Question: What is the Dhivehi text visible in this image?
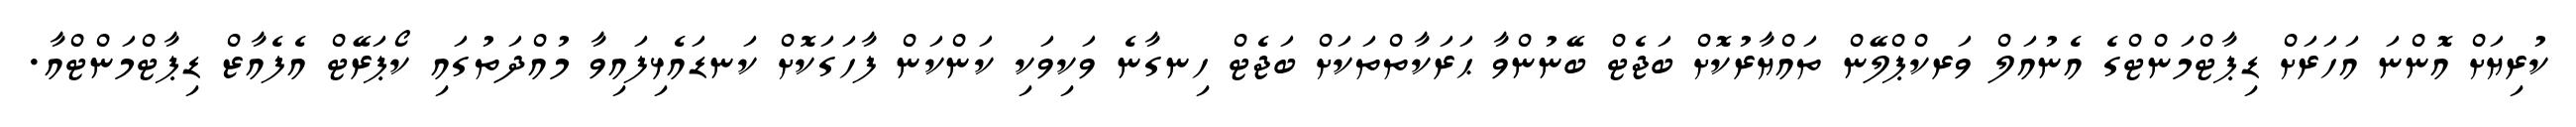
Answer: ކުރިޔަށް އޮންނަ އަހަރަށް ޑިޕާޓްމަންޓްގެ އެނުއަލް ވަރކްޕްލޭން ތައްޔާރުކޮށް ބަޖެޓް ބޭނުންވާ ޙަރަކާތްތަކަށް ބަޖެޓް ހިނގާނެ ވަކިވަކި ކަންކަން ފާހަގަކޮށް ކަނޑައެޅިފައިވާ މުއްދަތުގައި ކޯޕަރޭޓް އެފެއާޒް ޑިޕާޓްމަންޓްއާ.